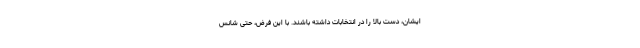
ایشان، دست بالا را در انتخابات داشته باشند. با این فرض، حتی شانس